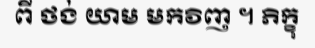
ពី ថង់ យាម មកវិញ ។ ភិក្ខុ